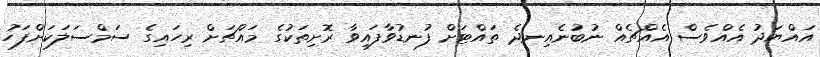
އައްޔަދު އެއްވެސް އެއްޗެއް ނުބުނެއިނދެ ތައްޓަށް ފުނޑުވާފައިވާ ރޮށިތަކުގެ މައްޗަށް ރިހައިގެ ސަމްސަލަކަށްފަހު